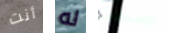
أنت له الإسعافات